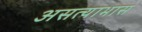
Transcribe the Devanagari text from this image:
असत्याभास